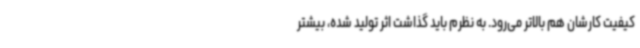
کیفیت کارشان هم بالاتر می‌رود. به نظرم باید گذاشت اثر تولید شده، بیشتر